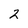
Character: 2